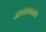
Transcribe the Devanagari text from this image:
जासकता।